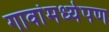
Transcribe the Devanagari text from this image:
गावांमध्येपण